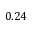
0 . 2 4